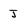
Character: J